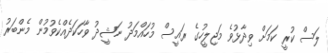
ލަސް ކުރީ ކަމަށް ވިދާޅުވެ މަޖިލީހުގެ ރައީސް މުހައްމަދު ނަޝީދު ވާހަކަދެއްކެވުމުން މެންބަރު